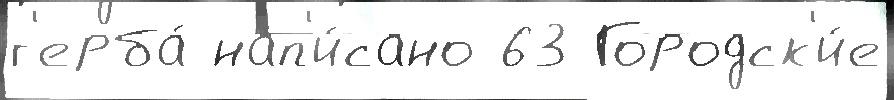
г'ерба́ нап'и́сано 63 Городск'и́е